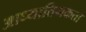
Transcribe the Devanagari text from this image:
आध्यातिमकता